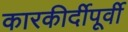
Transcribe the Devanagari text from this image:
कारकीर्दीपूर्वी